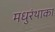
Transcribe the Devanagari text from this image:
मधुरंथाका